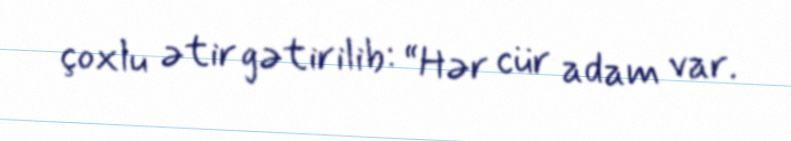
çoxlu ətir gətirilib: “Hər cür adam var.